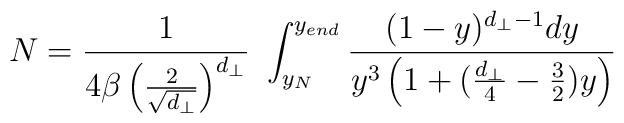
N= \frac{1}{4 \beta  \left(\frac{2}{\sqrt{d_{\perp}}} \right)^{d_{\perp}}} ~\int_{y_{N}}^{y_{end}} \frac{(1-y)^{d_{\perp}-1} dy}{y^3 \left( 1 + (\frac{d_{\perp}}{4}-\frac{3}{2}) y \right)}